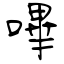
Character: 嗶